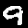
Digit: 9